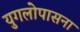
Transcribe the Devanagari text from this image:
युगलोपासना